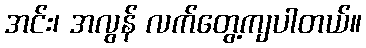
အင်း၊ အလွန် လက်တွေ့ကျပါတယ်။